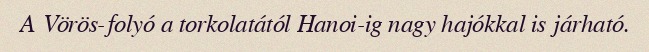
A Vörös-folyó a torkolatától Hanoi-ig nagy hajókkal is járható.